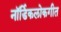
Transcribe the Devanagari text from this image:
नॉर्डिकलोकगीत